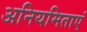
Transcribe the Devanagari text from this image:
अनियमिताएं